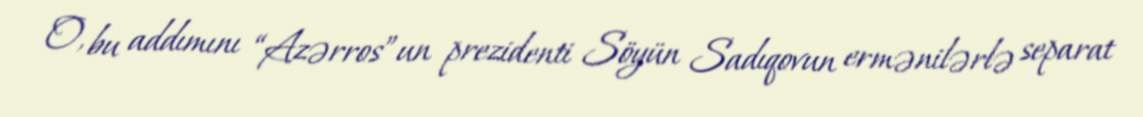
O, bu addımını “Azərros”un prezidenti Söyün Sadıqovun ermənilərlə separat